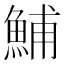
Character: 鯆